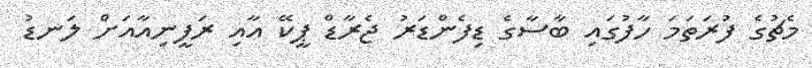
މެޗުގެ ފުރަތަމަ ހާފުގައި ބާސާގެ ޑިފެންޑަރު ޖެރާޑް ޕީކޭ އާއި ރަފީނިއާއަށް ލަނޑު